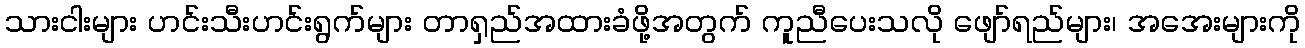
သားငါးများ ဟင်းသီးဟင်းရွက်များ တာရှည်အထားခံဖို့အတွက် ကူညီပေးသလို ဖျော်ရည်များ၊ အအေးများကို